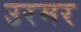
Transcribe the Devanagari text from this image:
उरमर